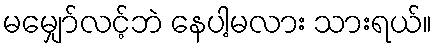
မမျှော်လင့်ဘဲ နေပါ့မလား သားရယ်။